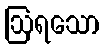
ဩရသော